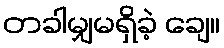
တခါမျှမရှိခဲ့ ချေ။